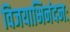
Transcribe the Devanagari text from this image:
विजयाभिनंदनः